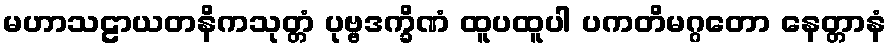
မဟာသဠာယတနိကသုတ္တံ ပုဗ္ဗဒက္ခိဏံ ထူပထူပါ ပကတိမဂ္ဂတော နေတ္တာနံ